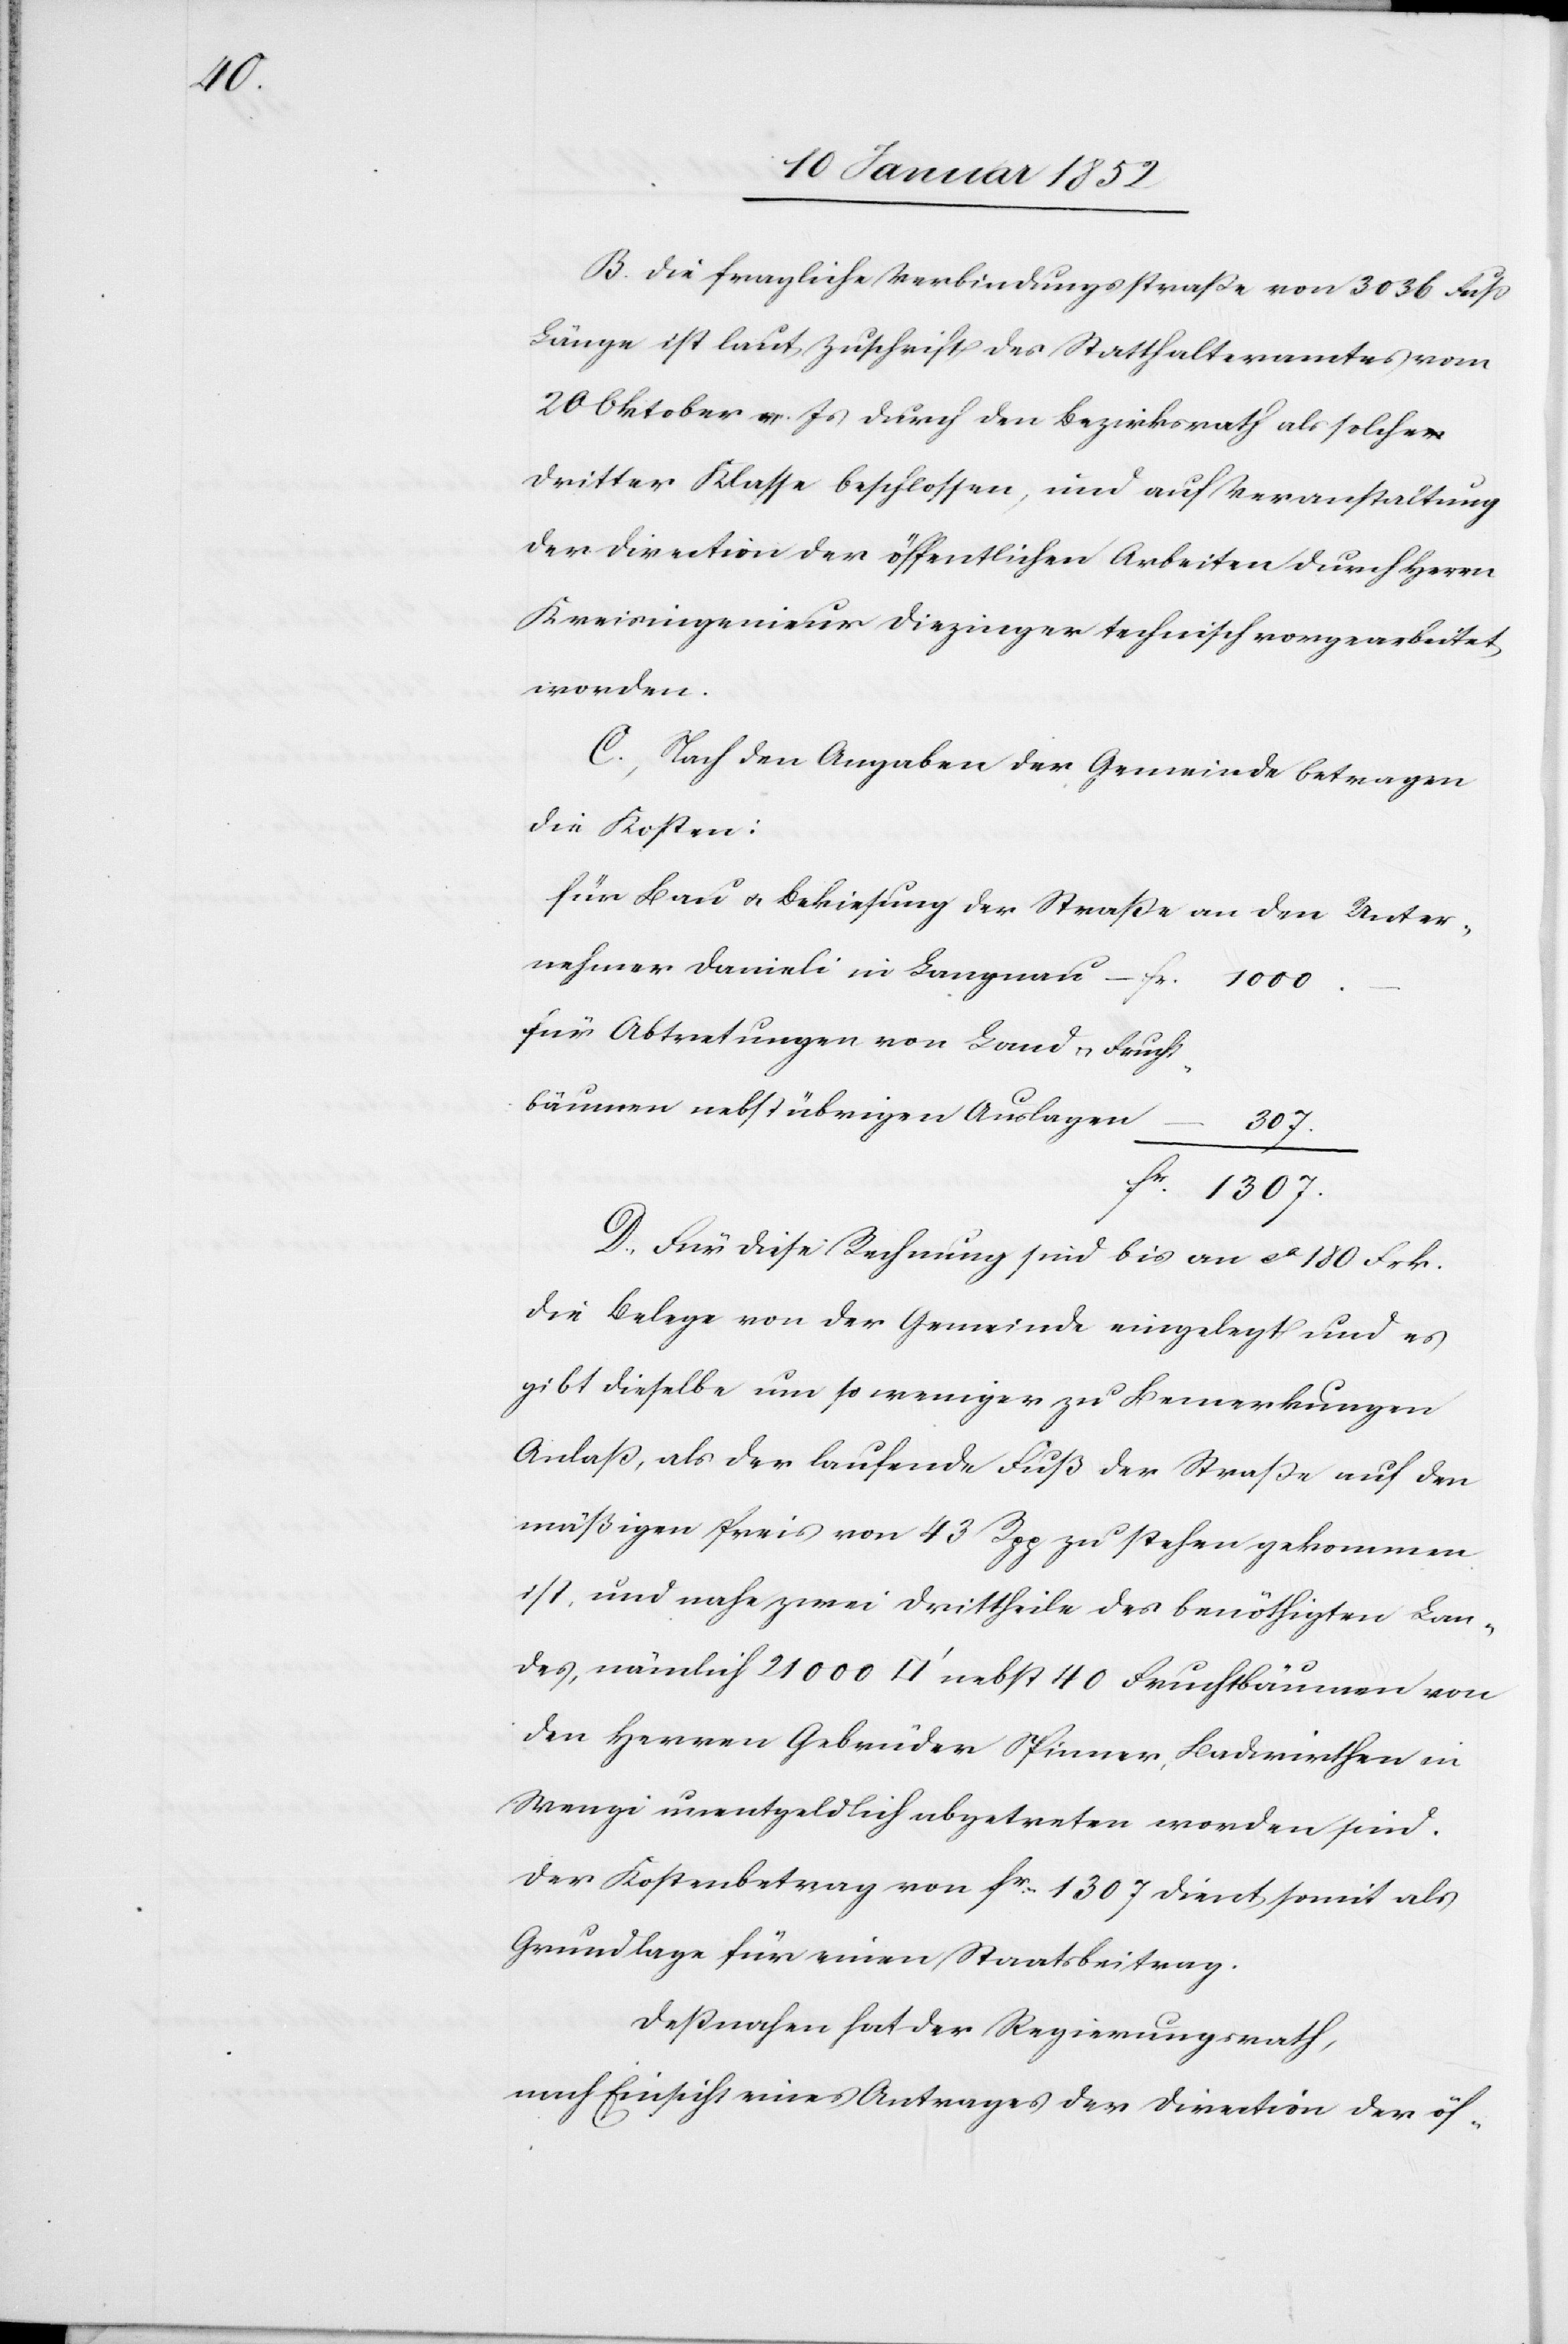
Fr.

B. Die fragliche Verbindungsstraße von 3036 Fuß
Länge ist laut Zuschrift des Statthalteramtes vom
20 Oktober v. Js durch den Bezirksrath als solche
dritter Klasse beschlossen, und auf Veranstaltung
der Direction der öffentlichen Arbeiten durch Herrn
Kreisingenieur Diezinger technisch vorgearbeitet
worden.
C., Nach den Angaben der Gemeinde betragen
die Kosten:
für Bau u. Bekiesung der Straße an den Unter¬
nehmer Danieli in Langnau
für Abtretungen von Land u. Frucht¬
bäumen nebst übrigen Auslagen
–
1307.
Fr. 1000.
D., Für diese Rechnung sind bis an ca 180 Frk.
die Belege von der Gemeinde eingelegt und es
gibt dieselbe um so weniger zu Bemerkungen
Anlaß, als der laufende Fuß der Straße auf den
mäßigen Preis von 43 Rpp zu stehen gekommen
ist, und nahe zwei Drittheile des benöthigten Lan¬
des, nämlich 21 000 [Quadratfuss] nebst 40 Fruchtbäumen von
den Herren Gebrüder Spinner, Badwirthen in
Wengi unentgeldlich abgetreten worden sind.
Der Kostenbetrag von Fr. 1307 dient somit als
Grundlage für einen Staatsbeitrag.
Deßnahen hat der Regierungsrath,
nach Einsicht eines Antrages der Direction der öf-